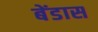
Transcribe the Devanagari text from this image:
बेंडास